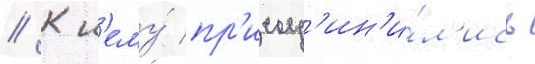
// К н'ему́ пр'исоед'ин'и́л'ись